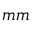
m m